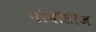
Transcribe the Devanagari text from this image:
नोबॉडीज